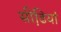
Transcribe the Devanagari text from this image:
सीढि़यां